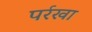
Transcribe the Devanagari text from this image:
पर्रखा